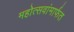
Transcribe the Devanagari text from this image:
महोत्सवांमार्फत